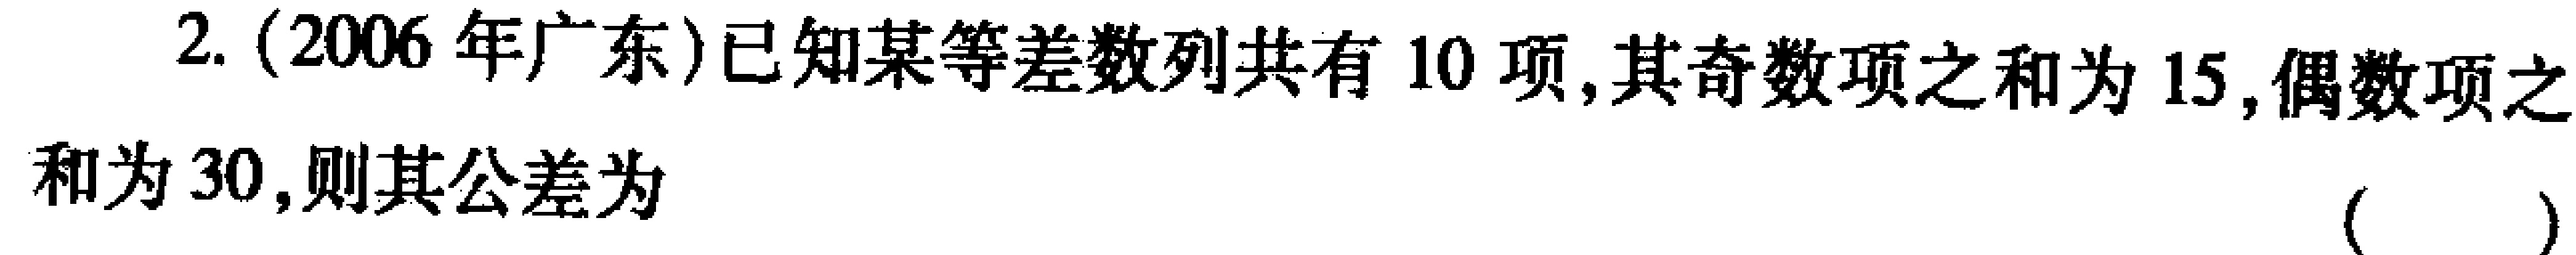
2. (2006年广东)已知某等差数列共有10项,其奇数项之和为15,偶数项之
和为30,则其公差为  （  ）